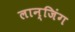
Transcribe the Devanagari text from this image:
लान्जिंग